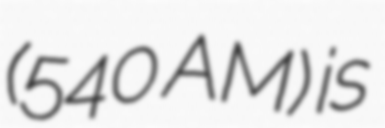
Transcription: (540 AM) is